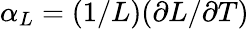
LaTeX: \alpha_{L}=(1/L)(\partial L/\partial T)